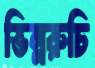
ভিন্নরুচি